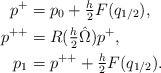
\begin{align*} \begin{aligned} p^+ &= p_0 + \tfrac{h}{2} F ( q_{1/2} ), \\ p^{++} &= R(\tfrac{h}{2}\hat \Omega) p^+, \\ p_1 &= p^{++} + \tfrac{h}{2} F ( q_{1/2} ).\end{aligned}\end{align*}